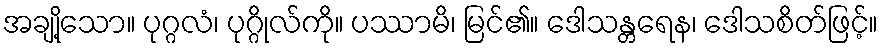
အချို့သော။ ပုဂ္ဂလံ၊ ပုဂ္ဂိုလ်ကို။ ပဿာမိ၊ မြင်၏။ ဒေါသန္တရေန၊ ဒေါသစိတ်ဖြင့်။